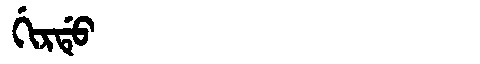
Manchu: ᡤᡳᡵᡩᡠ
Romanization: GIRDU